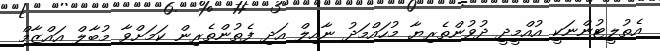
އެތުލީޓުންނަކީ އުއްމީދީ ދުވުންތެރިޔާ މުހައްމަދު ނާއިލް އަދި ފެތުންތެރިން ކަމަށްވާ މުބާލް އައްޒާމް